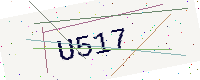
Text: U517